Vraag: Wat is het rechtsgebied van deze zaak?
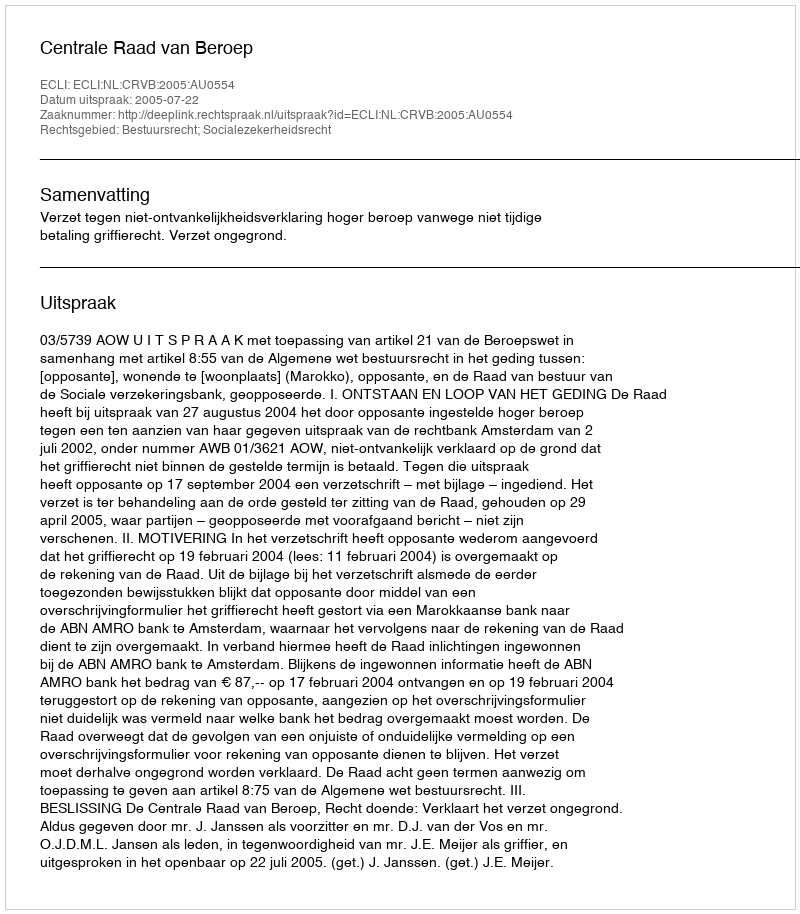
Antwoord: Bestuursrecht; Socialezekerheidsrecht